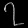
Digit: ၇